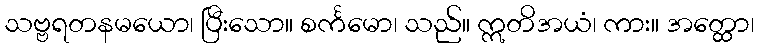
သဗ္ဗရတနမယော၊ ပြီးသော။ စင်္ကမော၊ သည်။ ဣတိအယံ၊ ကား။ အတ္ထော၊